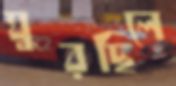
ঘুরছিলে